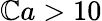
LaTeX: \mathbb{C}a>10